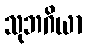
သုဘဂိယာ